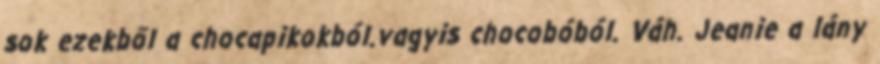
sok ezekből a chocapikokból.vagyis chocobóból. Váh. Jeanie a lány